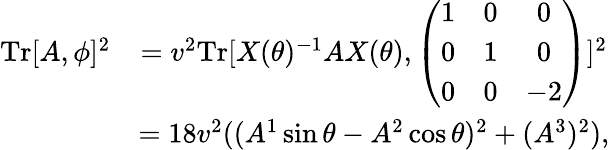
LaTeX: \begin{array}{cc}{{\mathrm{Tr}[A,\phi]^{2}}}&{{=v^{2}\mathrm{Tr}[X(\theta)^{-1}AX(\theta),\left(\begin{array}{ccc}{{1}}&{{0}}&{{0}}\\ {{0}}&{{1}}&{{0}}\\ {{0}}&{{0}}&{{-2}}\end{array}\right)]^{2}}}\\ {{}}&{{=18v^{2}((A^{1}\sin\theta-A^{2}\cos\theta)^{2}+(A^{3})^{2}),}}\end{array}